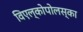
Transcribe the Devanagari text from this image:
विएल्कोपोलस्का